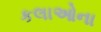
કલાઓના